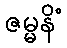
ဇမ္မနိံ